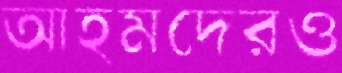
আহমদেরও